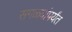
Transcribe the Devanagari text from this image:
सगळ्यांपर्यंत